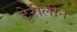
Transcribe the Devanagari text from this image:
टेरीलीन